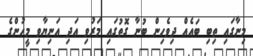
މިނާގައި ތިބި ބައެއް ދިވެހިން ބުނާ ގޮތުގައި މަރުވި އަދި އަނިޔާވި މީހުންގެ